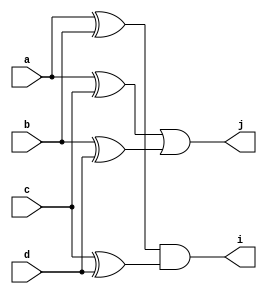
`timescale 1ns/1ps

module CUT(a, b, c, d, i, j);
  
  input a,b,c,d;
  output i,j;
  
  wire a,b,c,d; // Input wires
  wire e,f,g,h; // Mid-level wires
  wire i,j;     // Output wires
  
  //Structure of the circuit
  
  //xor elements
  //input elements
  xor E1(e,a,b);
  xor E2(f,c,d);
  xor E3(g,a,c);
  xor E4(h,b,d);
  
  //output elements
  //and element
  and E5(i,e,f);
  //or element
  or E6(j,g,h);
  
endmodule